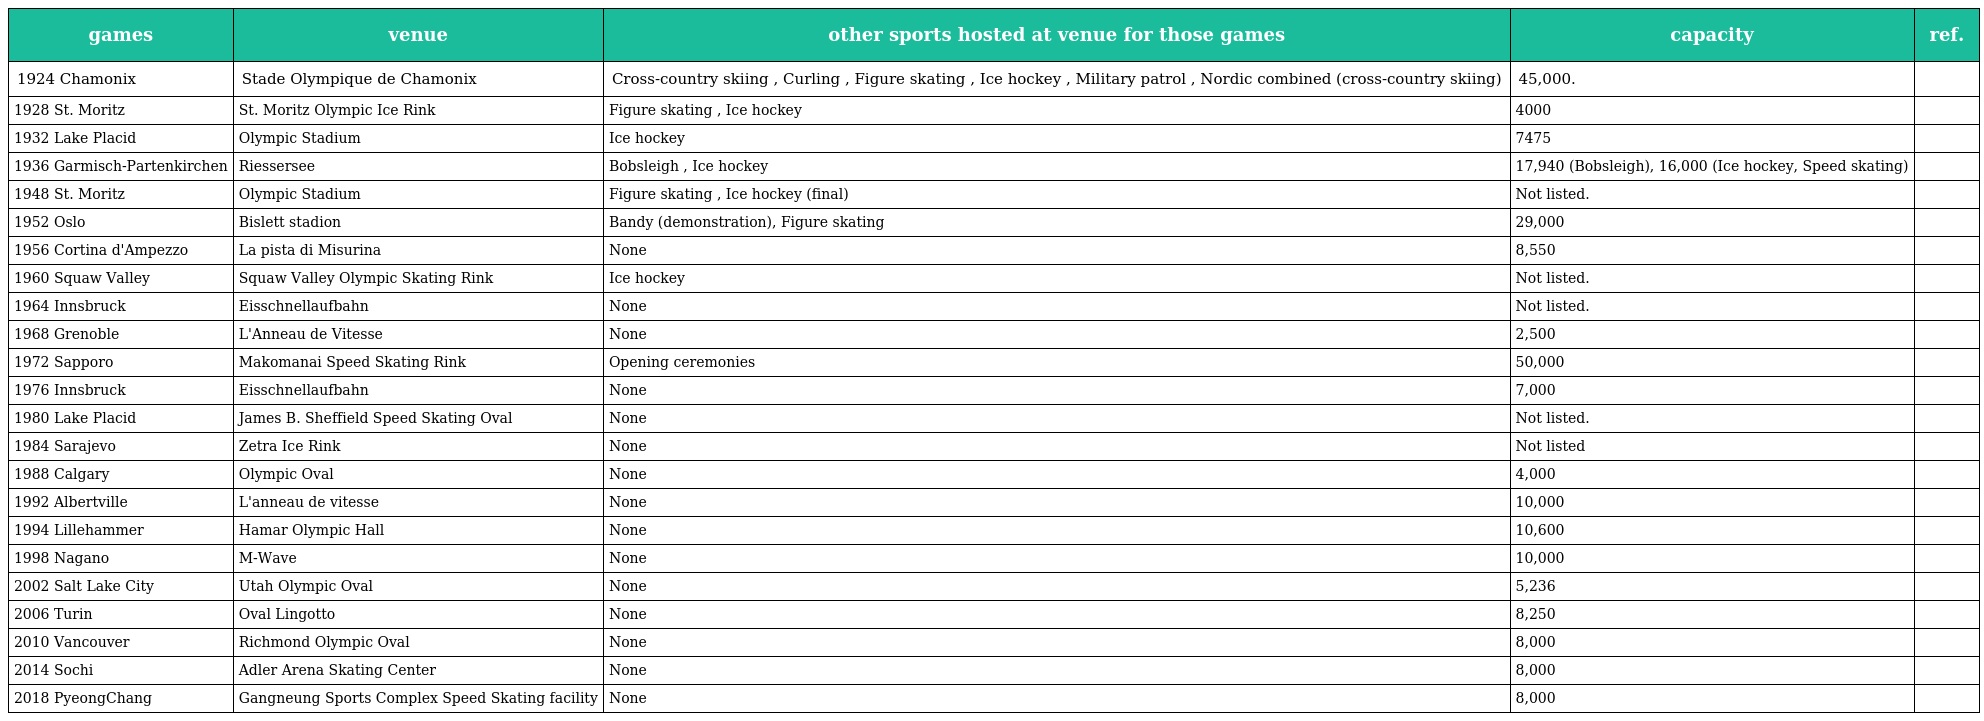
| games | venue | other sports hosted at venue for those games | capacity | ref. |
 | --- | --- | --- | --- | --- |
 | 1924 Chamonix | Stade Olympique de Chamonix | Cross-country skiing , Curling , Figure skating , Ice hockey , Military patrol , Nordic combined (cross-country skiing) | 45,000. |  |
 | 1928 St. Moritz | St. Moritz Olympic Ice Rink | Figure skating , Ice hockey | 4000 |  |
 | 1932 Lake Placid | Olympic Stadium | Ice hockey | 7475 |  |
 | 1936 Garmisch-Partenkirchen | Riessersee | Bobsleigh , Ice hockey | 17,940 (Bobsleigh), 16,000 (Ice hockey, Speed skating) |  |
 | 1948 St. Moritz | Olympic Stadium | Figure skating , Ice hockey (final) | Not listed. |  |
 | 1952 Oslo | Bislett stadion | Bandy (demonstration), Figure skating | 29,000 |  |
 | 1956 Cortina d'Ampezzo | La pista di Misurina | None | 8,550 |  |
 | 1960 Squaw Valley | Squaw Valley Olympic Skating Rink | Ice hockey | Not listed. |  |
 | 1964 Innsbruck | Eisschnellaufbahn | None | Not listed. |  |
 | 1968 Grenoble | L'Anneau de Vitesse | None | 2,500 |  |
 | 1972 Sapporo | Makomanai Speed Skating Rink | Opening ceremonies | 50,000 |  |
 | 1976 Innsbruck | Eisschnellaufbahn | None | 7,000 |  |
 | 1980 Lake Placid | James B. Sheffield Speed Skating Oval | None | Not listed. |  |
 | 1984 Sarajevo | Zetra Ice Rink | None | Not listed |  |
 | 1988 Calgary | Olympic Oval | None | 4,000 |  |
 | 1992 Albertville | L'anneau de vitesse | None | 10,000 |  |
 | 1994 Lillehammer | Hamar Olympic Hall | None | 10,600 |  |
 | 1998 Nagano | M-Wave | None | 10,000 |  |
 | 2002 Salt Lake City | Utah Olympic Oval | None | 5,236 |  |
 | 2006 Turin | Oval Lingotto | None | 8,250 |  |
 | 2010 Vancouver | Richmond Olympic Oval | None | 8,000 |  |
 | 2014 Sochi | Adler Arena Skating Center | None | 8,000 |  |
 | 2018 PyeongChang | Gangneung Sports Complex Speed Skating facility | None | 8,000 |  |